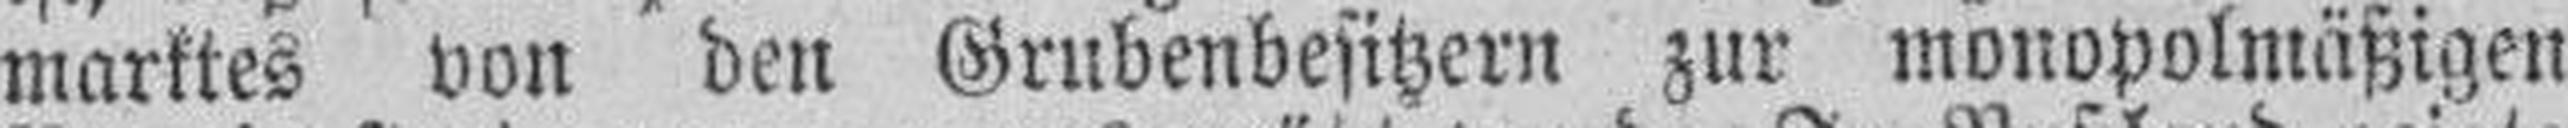
marktes von den Grubenbesitzern zur monopolmäßigen